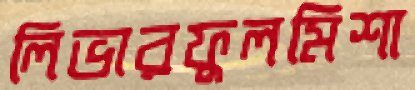
লিভারফুলমিশা